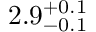
2 . 9 _ { - 0 . 1 } ^ { + 0 . 1 }